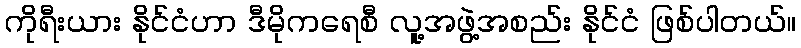
ကိုရီးယား နိုင်ငံဟာ ဒီမိုကရေစီ လူ့အဖွဲ့အစည်း နိုင်ငံ ဖြစ်ပါတယ်။